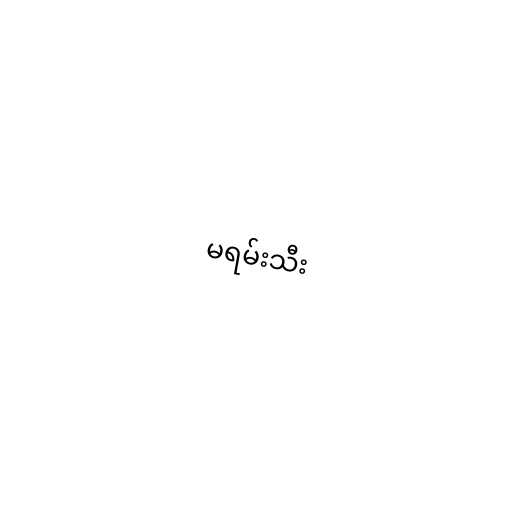
မရမ်းသီး